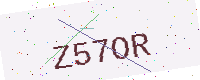
Text: Z57OR